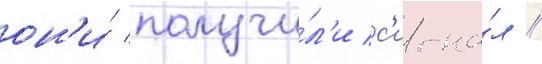
он'и́ получи́л'и с'игна́л /